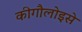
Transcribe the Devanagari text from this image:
कीगौलोइसे